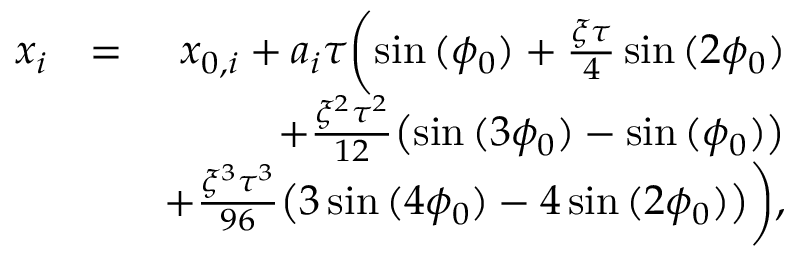
\begin{array} { r l r } { x _ { i } } & { = } & { x _ { 0 , i } + a _ { i } \tau \biggl ( \sin { ( \phi _ { 0 } ) } + \frac { \xi \tau } { 4 } \sin { ( 2 \phi _ { 0 } ) } } \\ & { } & { + \frac { \xi ^ { 2 } \tau ^ { 2 } } { 1 2 } \bigl ( \sin { ( 3 \phi _ { 0 } ) } - \sin { ( \phi _ { 0 } ) } \bigl ) } \\ & { } & { + \frac { \xi ^ { 3 } \tau ^ { 3 } } { 9 6 } \bigl ( 3 \sin { ( 4 \phi _ { 0 } ) } - 4 \sin { ( 2 \phi _ { 0 } ) } \bigl ) \biggl ) , } \end{array}